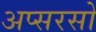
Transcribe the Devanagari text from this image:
अप्सरसो